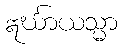
ဣင်္ဃာယသ္မာ